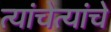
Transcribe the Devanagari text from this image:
त्यांचेत्यांचे